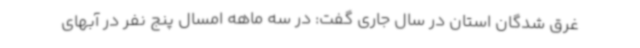
غرق شدگان استان در سال جاری گفت: در سه ماهه امسال پنج نفر در آبهای